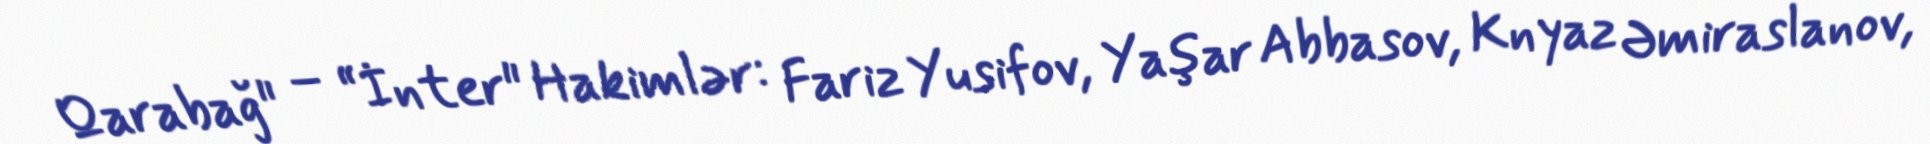
Qarabağ" – “İnter" Hakimlər: Fariz Yusifov, Yaşar Abbasov, Knyaz Əmiraslanov,